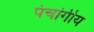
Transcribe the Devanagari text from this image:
पंचांगीय